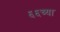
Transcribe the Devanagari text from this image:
६६च्या